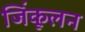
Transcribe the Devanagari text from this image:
जिंकूलन